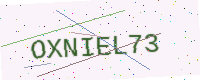
Text: OXNIEL73